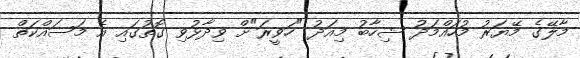
މާލޭގެ މޭޔަރު މުހައްމަދު ޝިހާބު މިއަދު "ހަވީރަ"ށް ވިދާޅުވި ގޮތުގައި އެ މަސައްކަތް